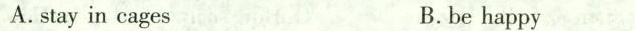
A.stay in cages B.be happy